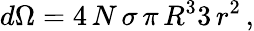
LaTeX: d\Omega={4\, N\, \sigma\, \pi\, R^{3}}{3\, r^{2}}\, ,